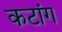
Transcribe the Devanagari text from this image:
कटांग